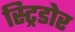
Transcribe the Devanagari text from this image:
स्ट्रिडोर